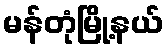
မန်တုံမြို့နယ်